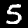
Digit: 5